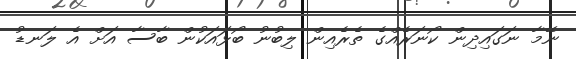
ނޭމާ ނަގައިދިން ކޯނަރެއްގެ ތެރެއިން ލިބުނު ބޯޅައަކުން ބާސާ އަށް އެ ލަނޑު